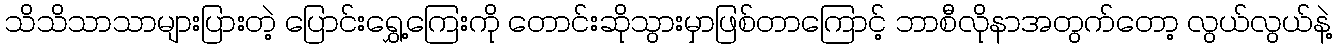
သိသိသာသာများပြားတဲ့ ပြောင်းရွှေ့ကြေးကို တောင်းဆိုသွားမှာဖြစ်တာကြောင့် ဘာစီလိုနာအတွက်တော့ လွယ်လွယ်နဲ့